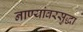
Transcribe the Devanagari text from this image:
नाण्यांवरसुद्धा